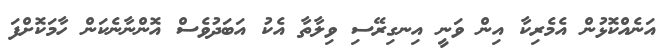
އަނެއްކޮޅުން އެމެރިކާ އިން ވަނީ އިނގިރޭސި ވިލާތާ އެކު އަބަދުވެސް އޮންނާނެކަން ހާމަކޮށްފަ